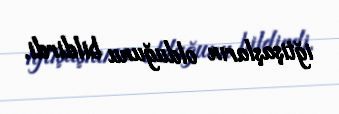
iğtişaşların olduğunu bildirdi.